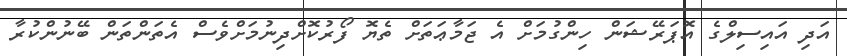
އަދި އައިސިލްގެ އޮޕަރޭޝަން ހިންގުމަށް އެ ޖަމާޢަތަށް ތެޔޮ ފޯރުކޮށްދިނުމަށްވެސް އެތަންތަން ބޭނުންކުރާ